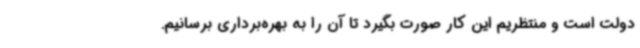
دولت است و منتظریم این کار صورت بگیرد تا آن را به بهره‌برداری برسانیم.